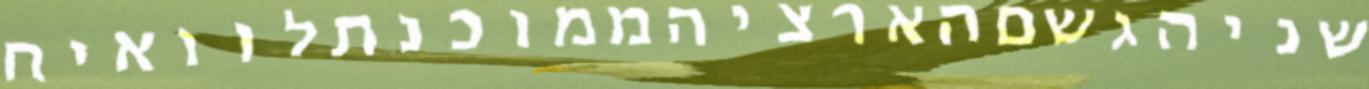
שניהגשםהארציהממוכנתלוואיח